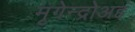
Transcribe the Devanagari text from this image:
मृगेन्द्रोअहं